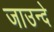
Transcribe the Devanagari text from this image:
जाउन्दे